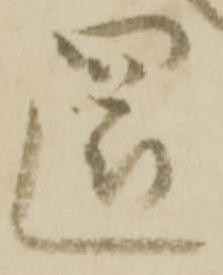
還